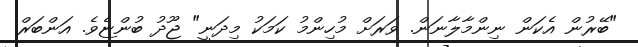
"ބޭރުން އެކަން ނިންމާލާނަން. ވަރަށް މުހިންމު ކަމަކު މިދަނީ" ޖޫދު ބުންޏެވެ. އަންބަރް